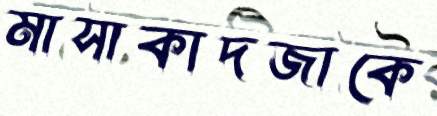
মাসাকাদজাকে